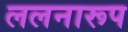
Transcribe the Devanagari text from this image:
ललनारूप